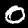
Label: 0